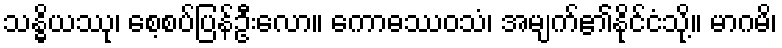
သန္ဓိယဿု၊ စေ့စပ်ပြန်ဦးလော။ ကောဓဿဝသံ၊ အမျက်၏နိုင်ငံသို့။ မာဂမိ၊